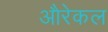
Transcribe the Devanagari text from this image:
औरेकल